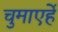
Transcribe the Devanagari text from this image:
चुमाएर्हे